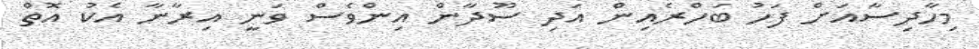
މިހާދިސާއަށް ފަހު ބަހްރެއިން އަދި ސޫދާން އިންވެސް ވަނީ އިރާނާ އެކު އޮތް